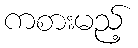
ကစားမည့်